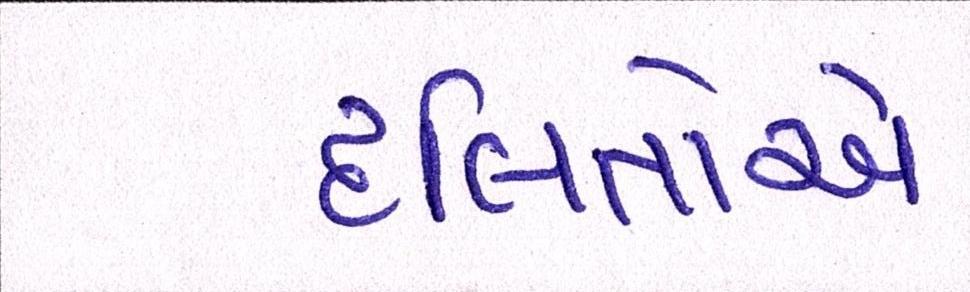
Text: દલિતોએ